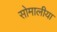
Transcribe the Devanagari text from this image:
सोमालीया